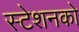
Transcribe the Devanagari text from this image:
स्टेशनको